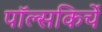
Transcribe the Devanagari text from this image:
पॉल्सकिर्चे